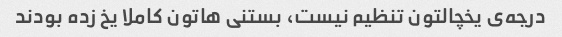
درجه‌ی یخچالتون تنظیم نیست، بستنی هاتون کاملا یخ زده بودند